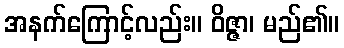
အနက်ကြောင့်လည်း။ ဝိဇ္ဇာ၊ မည်၏။